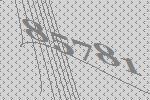
85781